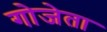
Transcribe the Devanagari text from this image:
गोजेता